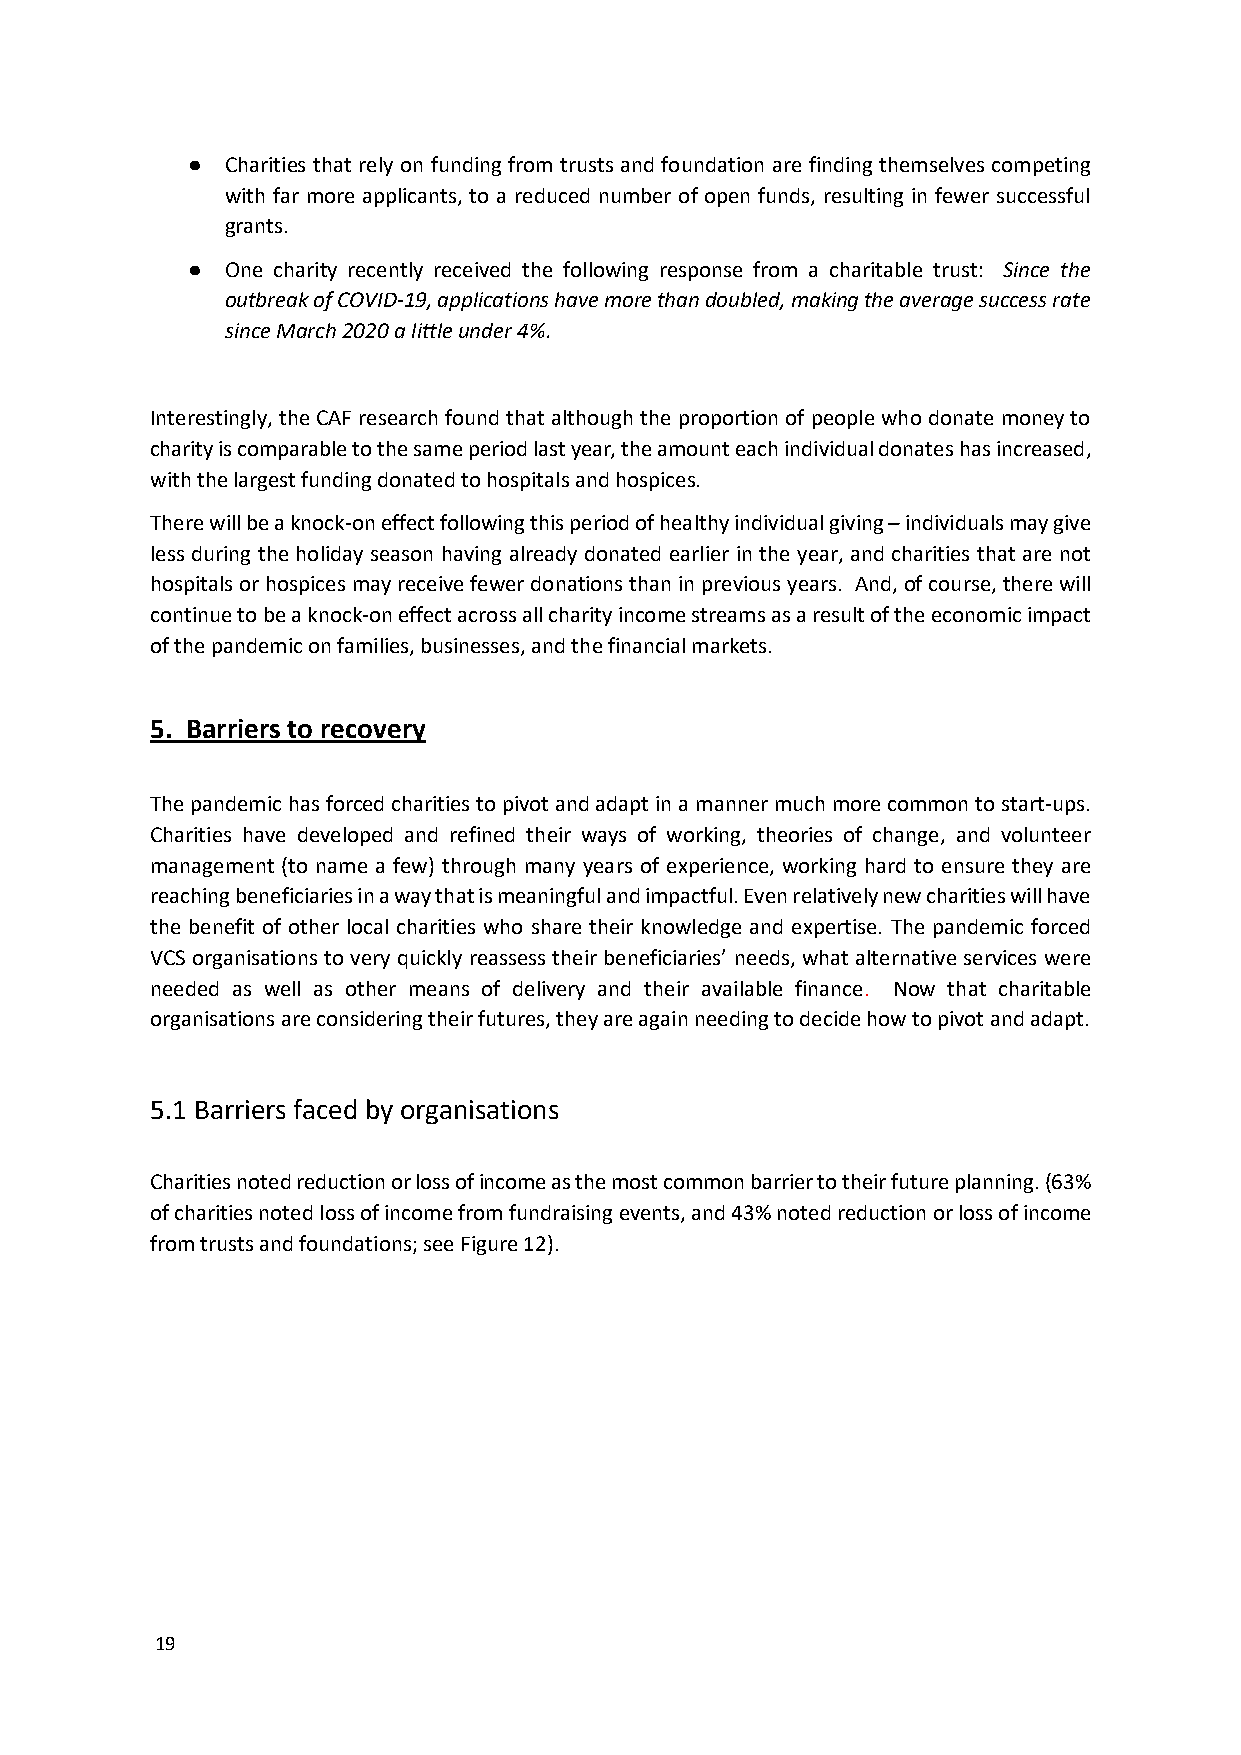
●  Charities that rely on funding from trusts and foundation are finding themselves competing
 with far more applicants, to a reduced number of open funds, resulting in fewer successful
 grants.
 ●  One charity recently received the following response from a charitable trust: Since the
 outbreak of COVID-19, applications have more than doubled, making the average success rate
 since March 2020 a little under 4%.
 Interestingly, the CAF research found that although the proportion of people who donate money to
 charity is comparable to the same period last year, the amount each individual donates has increased,
 with the largest funding donated to hospitals and hospices.
 There will be a knock-on effect following this period of healthy individual giving – individuals may give
 less during the holiday season having already donated earlier in the year, and charities that are not
 hospitals or hospices may receive fewer donations than in previous years. And, of course, there will
 continue to be a knock-on effect across all charity income streams as a result of the economic impact
 of the pandemic on families, businesses, and the financial markets.
 5. Barriers to recovery
 The pandemic has forced charities to pivot and adapt in a manner much more common to start-ups.
 Charities have developed and refined their ways of working, theories of change, and volunteer
 management (to name a few) through many years of experience, working hard to ensure they are
 reaching beneficiaries in a way that is meaningful and impactful. Even relatively new charities will have
 the benefit of other local charities who share their knowledge and expertise. The pandemic forced
 VCS organisations to very quickly reassess their beneficiaries’ needs, what alternative services were
 needed as well as other means of delivery and their available finance. Now that charitable
 organisations are considering their futures, they are again needing to decide how to pivot and adapt.
 5.1 Barriers faced by organisations
 Charities noted reduction or loss of income as the most common barrier to their future planning. (63%
 of charities noted loss of income from fundraising events, and 43% noted reduction or loss of income
 from trusts and foundations; see Figure 12).
 19